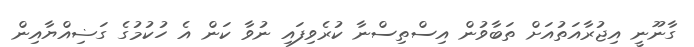
ގާނޫނީ އިޖުރާއަތުއަށް ތަބާވުން އިސްތިސްނާ ކުރެވިފައި ނުވާ ކަން އެ ހުކުމުގެ ގަޟިއްޔާއިން